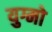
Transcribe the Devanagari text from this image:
युग्मो